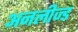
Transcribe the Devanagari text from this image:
अनलीज्ड